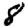
Digit: 8